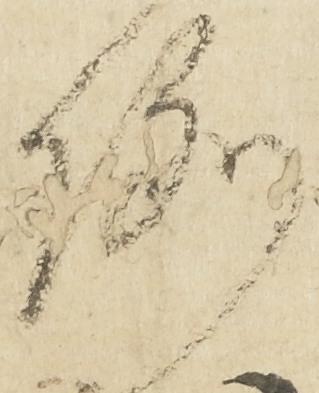
例